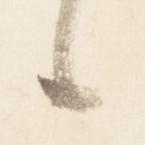
候